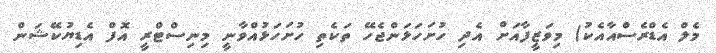
މެލް އެޑްރެސްއާއެކު) މިވަޒީފާއަށް އެދި ހުށަހަޅަންޖެހޭ ތަކެތި ހުށަހަޅުއްވާނީ މިނިސްޓްރީ އޮފް އެޑިޔުކޭޝަން